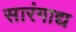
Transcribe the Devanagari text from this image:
सारंगाद्य